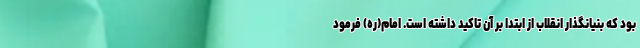
بود که بنیانگذار انقلاب از ابتدا بر آن تاکید داشته است. امام(ره) فرمود